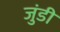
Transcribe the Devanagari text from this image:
जुंडी